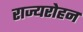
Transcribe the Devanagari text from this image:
राज्यरोहन